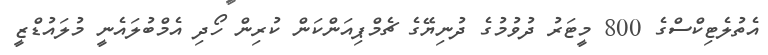
އެތުލެޓިކްސްގެ 800 މީޓަރު ދުވުމުގެ ދުނިޔޭގެ ޗެމްޕިއަންކަން ކުރިން ހޯދި އެމްބުލައެނީ މުލައުޑްޒީ